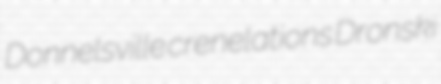
Donnelsville crenelations Dronski